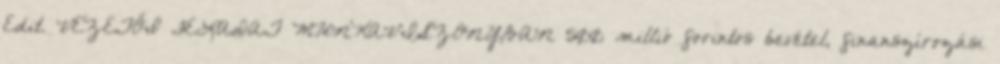
Edit. VEZETŐI FELADAT MUNKAVISZONYBAN 500 millió forintos bevétel, finanszírozási